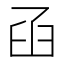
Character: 𦥖